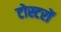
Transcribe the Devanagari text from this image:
टोस्टरों